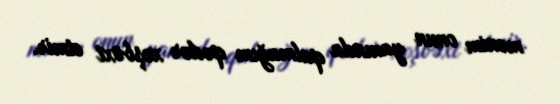
mənim onun yanında qalmağım qədər xoşbəxt etmir.